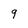
Character: 9